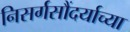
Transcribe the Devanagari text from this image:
निसर्गसौंदर्याच्या